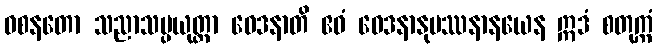
ဝစနတော သညာသမ္ပယုတ္တာ ဝေဒနာတိ ဧဝံ ဝေဒနာနုပဿနာနယေန ဣဒံ စတုက္ကံ